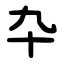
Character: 卆